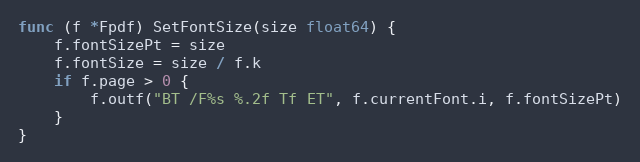
Language: Go
func (f *Fpdf) SetFontSize(size float64) {
	f.fontSizePt = size
	f.fontSize = size / f.k
	if f.page > 0 {
		f.outf("BT /F%s %.2f Tf ET", f.currentFont.i, f.fontSizePt)
	}
}